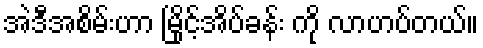
အဲဒီအစိမ်းဟာ မြိုင့်အိပ်ခန်း ကို လာဟပ်တယ်။